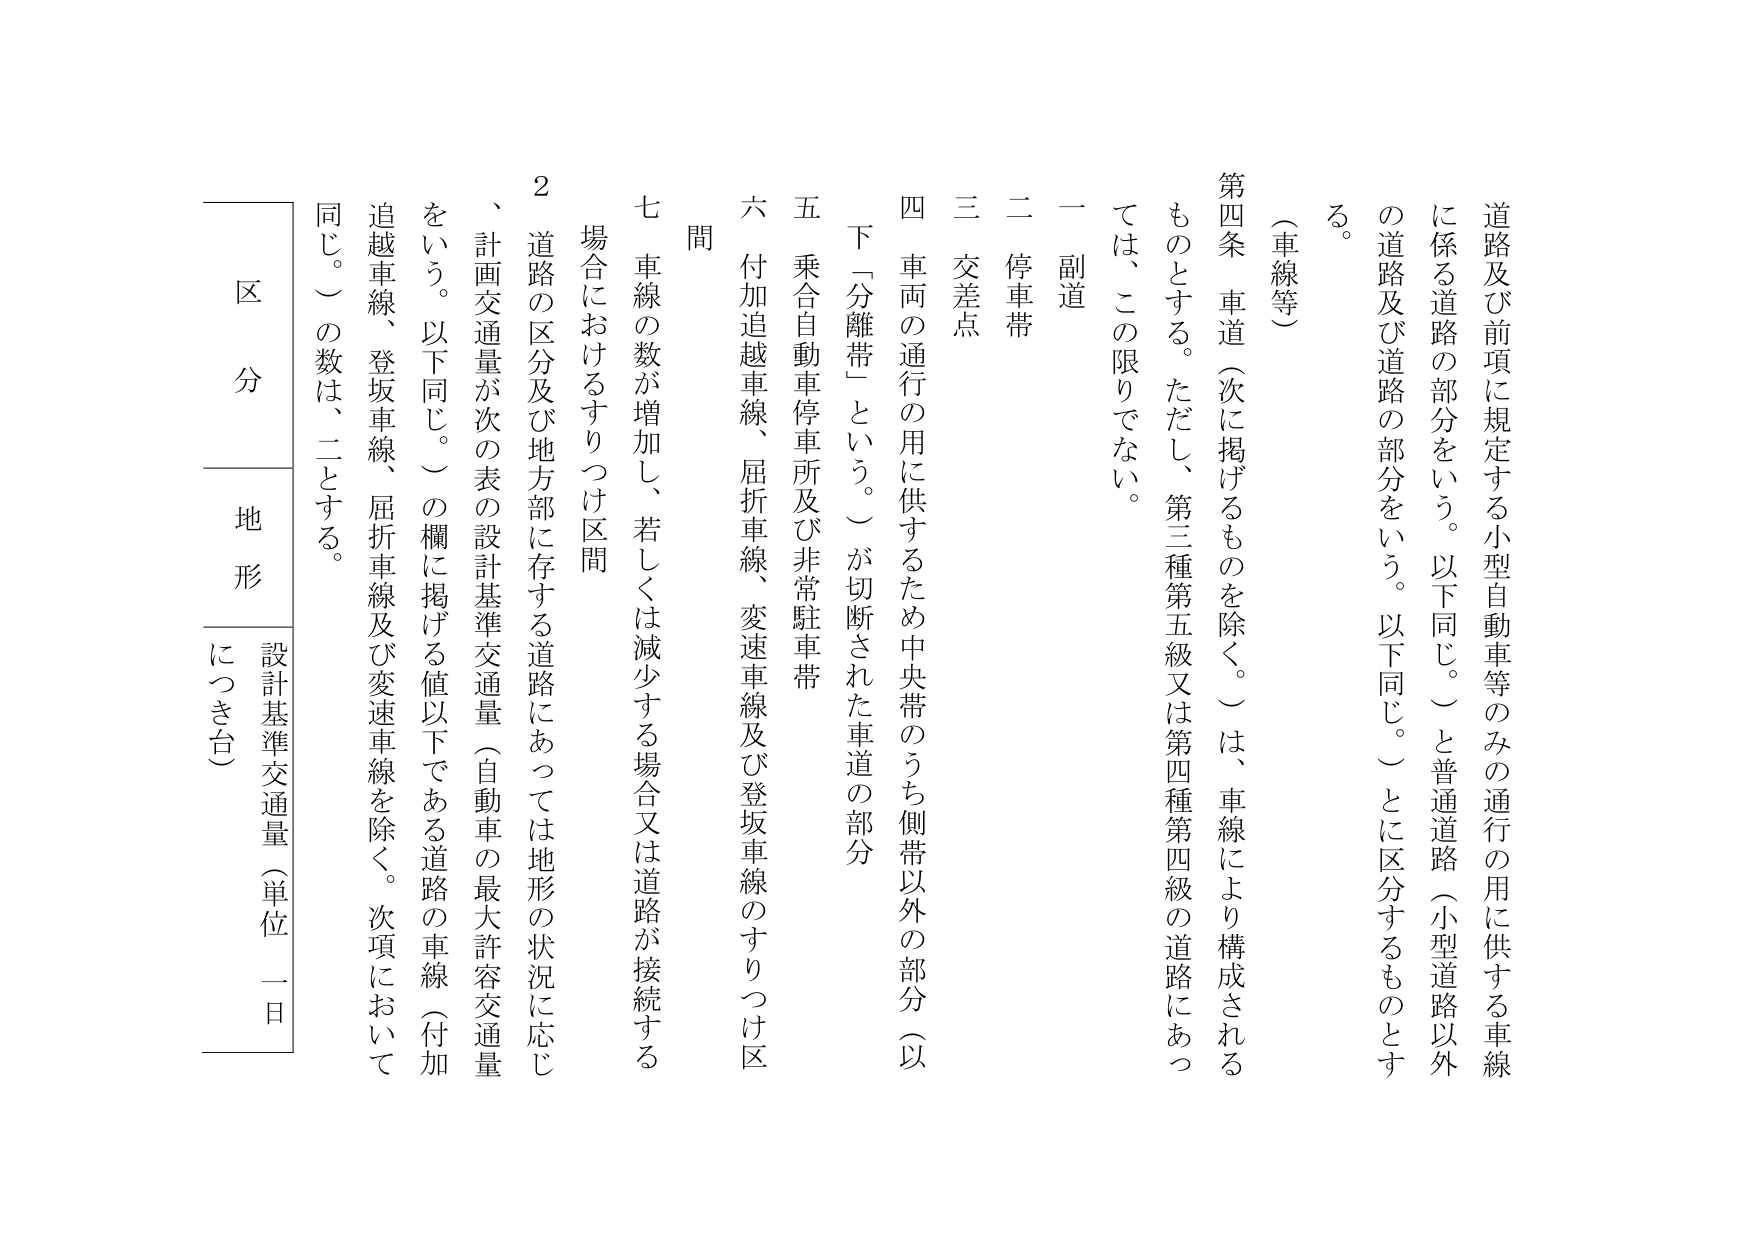
道路及び前項に規定する小型自動車等のみの通行の用に供する車線に係る道路の部分をいう。以下同じ。）と普通道路（小型道路以外の道路及び道路の部分をいう。以下同じ。）とに区分するものとする。

（車線等）

第四条　車道（次に掲げるものを除く。）は、車線により構成されるものとする。ただし、第三種第五級又は第四種第四級の道路にあっては、この限りでない。

一　副道

二　停車帯

三　交差点

四　車両の通行の用に供するため中央帯のうち側帯以外の部分（以下「分離帯」という。）が切断された車道の部分

五　乗合自動車停車所及び非常駐車帯

六　付加追越車線、屈折車線、変速車線及び登坂車線のすりつけ区間

七　車線の数が増加し、若しくは減少する場合又は道路が接続する場合におけるすりつけ区間

２　道路の区分及び地方部に存する道路にあっては地形の状況に応じ、計画交通量が次の表の設計基準交通量（自動車の最大許容交通量をいう。以下同じ。）の欄に掲げる値以下である道路の車線（付加追越車線、登坂車線、屈折車線及び変速車線を除く。次項において同じ。）の数は、二とする。

区　分　　　　　地　形　　　　　設計基準交通量（単位　一日につき台）